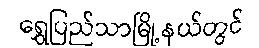
ရွှေပြည်သာမြို့နယ်တွင်